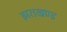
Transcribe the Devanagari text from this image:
झराखण्ड